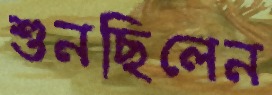
শুনছিলেন